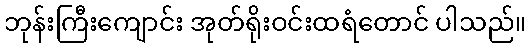
ဘုန်းကြီးကျောင်း အုတ်ရိုးဝင်းထရံတောင် ပါသည်။